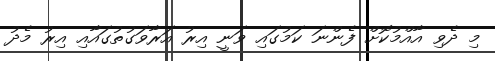
މި ދެވި އާއްމުކޮށް ފެންނަ ކަމުގައި ވަނީ އިރު އަރާވަގުތުގައާއި އިރު މެދު